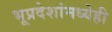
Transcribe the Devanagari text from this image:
भूप्रदेशांमध्येही